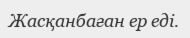
Жасқанбаған ер еді.